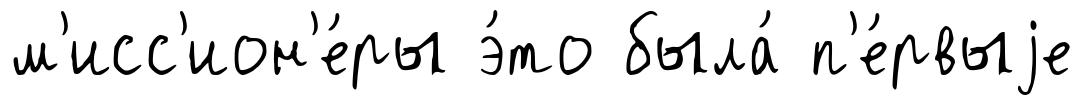
м'исс'ион'е́ры э́то была́ п'е́рвыjе